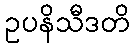
ဥပနိသီဒတိ